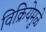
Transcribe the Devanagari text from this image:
विक्रियेमुळे